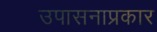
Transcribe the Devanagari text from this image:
उपासनाप्रकार